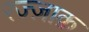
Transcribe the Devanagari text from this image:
रज्ज़ाक़